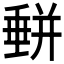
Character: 𡐱